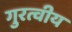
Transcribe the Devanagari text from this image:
गुरत्वीय